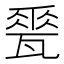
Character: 𪼽